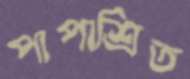
পাপাশ্রিত